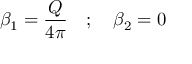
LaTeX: \beta _ { 1 } = \frac { Q } { 4 \pi } \quad ; \quad \beta _ { 2 } = 0